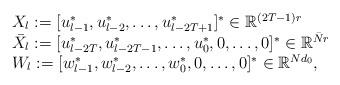
LaTeX: \begin{align*}\begin{array}{lll} X_l := [u^*_{l-1},u^*_{l-2},\dots,u^*_{l-2T+1}]^* \in \mathbb{R}^{(2T-1)r}\\ \bar{X}_l := [u^*_{l-2T},u^*_{l-2T-1},\dots,u^*_0,0,\dots,0]^* \in \mathbb{R}^{\bar{N}r}\\ W_l := [w^*_{l-1},w^*_{l-2},\dots,w^*_0,0,\dots,0]^* \in \mathbb{R}^{Nd_0},\end{array}\end{align*}